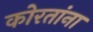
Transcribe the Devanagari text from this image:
कोरतांना